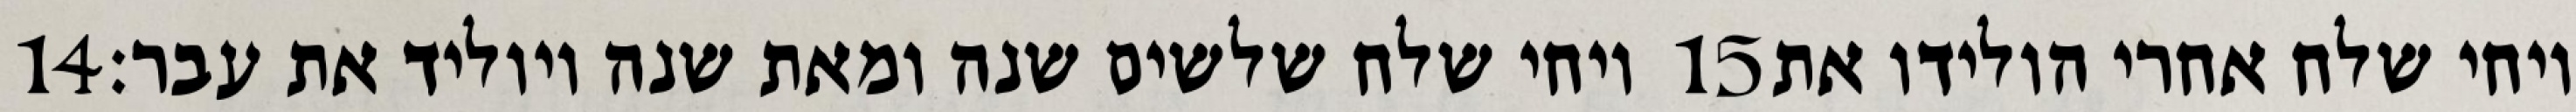
‎14‏ ויחי שלח שלשים שנה ומאת שנה ויוליד את עבר׃ ‎15‏ ויחי שלח אחרי הולידו את